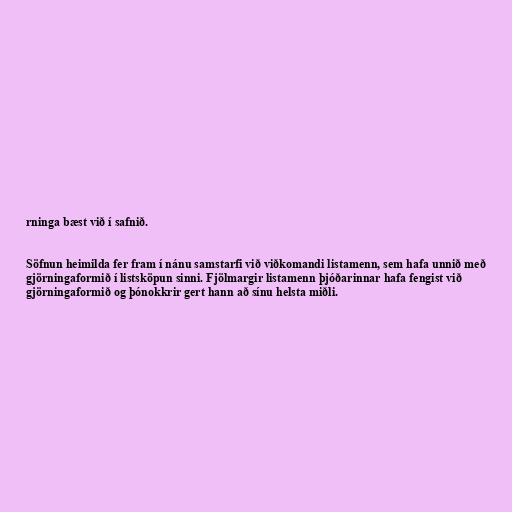
rninga bæst við í safnið.

Söfnun heimilda fer fram í nánu samstarfi við viðkomandi listamenn, sem hafa unnið með
gjörningaformið í listsköpun sinni. Fjölmargir listamenn þjóðarinnar hafa fengist við
gjörningaformið og þónokkrir gert hann að sínu helsta miðli.